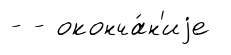
- - оконча́н'иjе